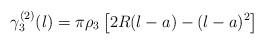
LaTeX: \begin{align*}\gamma_{3}^{(2)}(l)=\pi{\rho_{3}}\left[2R(l-a)-(l-a)^{2}\right]\end{align*}